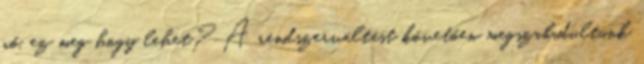
nő, ez meg hogy lehet? A rendszerváltást követően megszabadultunk